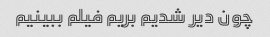
چون دیر شدیم بریم فیلم ببینیم